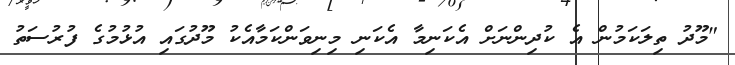
"މޫދު ތިލަކަމުން އެ ކުދިންނަށް އެކަނިމާ އެކަނި މިނިވަންކަމާއެކު މޫދުގައި އުޅުމުގެ ފުރުސަތު